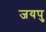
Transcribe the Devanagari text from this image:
जयपु